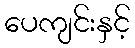
ပေကျင်းနှင့်